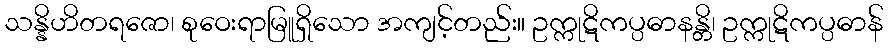
သန္နိဟိတရဇော၊ စုဝေးရာမြူရှိသော အကျင့်တည်း။ ဥက္ကုဋိကပ္ပဓာနန္တိ၊ ဥက္ကုဋိကပ္ပဓာန်